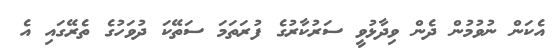
އެކަން ނުވުމުން ދެން ވިދާޅުވީ ސަރުކާރުގެ ފުރަތަމަ ސަތޭކަ ދުވަހުގެ ތެރޭގައި އެ